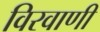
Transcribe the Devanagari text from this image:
विरवाणी